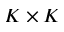
K \times K